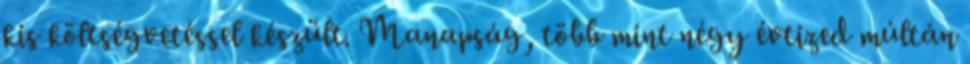
kis költségvetéssel készült. Manapság, több mint négy évtized múltán